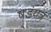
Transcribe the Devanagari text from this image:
षडंयत्र